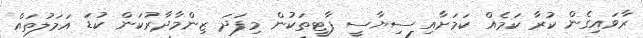
ރާވައިގެން ކުރާ ކަމެއް ކަމަށާއި ސިޔާސީ ޕާޓީތަކުން މިފަދަ ޒިންމާދާރުކަން ކުޑަ އަމަލުތައް